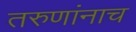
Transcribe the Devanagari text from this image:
तरुणांनाच